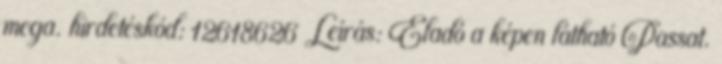
mega. hirdetéskód: 12618626 Leírás: Eladó a képen látható Passat.